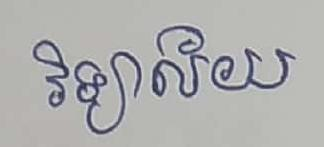
វិទ្យាល័យ